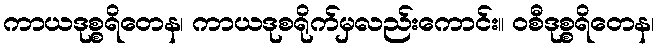
ကာယဒုစ္စရိတေန၊ ကာယဒုစရိုက်မှလည်းကောင်း။ ဝစီဒုစ္စရိတေန၊